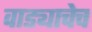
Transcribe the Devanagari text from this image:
वाड्याचेच